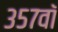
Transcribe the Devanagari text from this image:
३५७वॉ